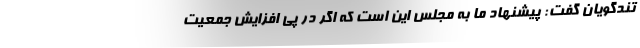
تندگویان گفت: پیشنهاد ما به مجلس این است که اگر در پی افزایش جمعیت